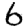
Digit: 6